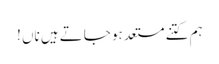
ہم کتنے مستعد ہو جاتے ہیں ناں !